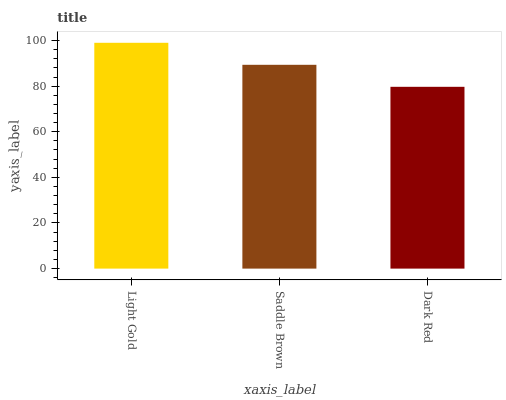
| xaxis_label | bars |
 | --- | --- |
 | Light Gold | 99 |
 | Saddle Brown | 89.3 |
 | Dark Red | 79.7 |